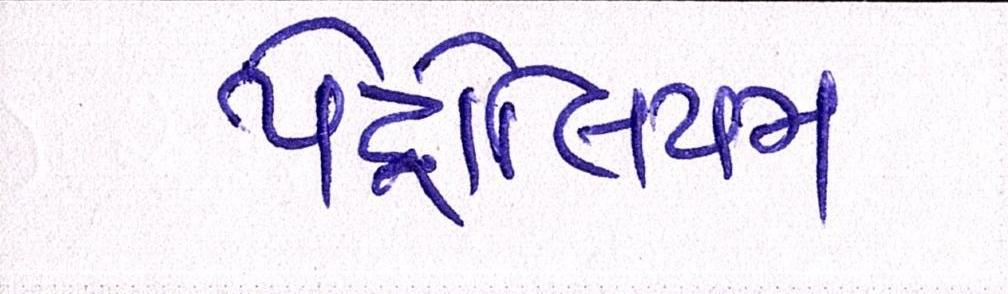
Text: પેટ્રોલિયમ